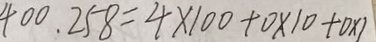
4 0 0 . 2 5 8 = 4 \times 1 0 0 + 0 \times 1 0 + 0 \times 1